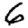
Digit: 6